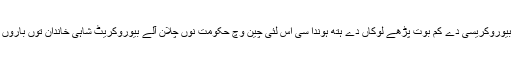
کنفیوشنازم وچ بیوروکریسی دے کم بوت پڑھے لوکاں دے ہتھ ہوندا سی اس لئی چین وچ حکومت نوں چلان آلے بیوروکریٹ شاہی خاندان توں باروں وی ہوندے سن۔